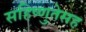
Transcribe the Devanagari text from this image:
सहिष्णुतेसह